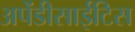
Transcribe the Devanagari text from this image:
अपेंडीसाईटिस